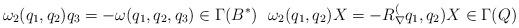
LaTeX: \begin{align*} \omega_2(q_1,q_2)q_3 = -\omega(q_1,q_2,q_3)\in\Gamma(B^*)\ \ \omega_2(q_1,q_2)X = -R_\nabla^(q_1,q_2)X\in\Gamma(Q)\end{align*}